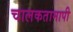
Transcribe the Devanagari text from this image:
चालकतामापी